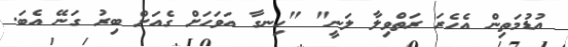
އުޑުމަތިން އެހެރަ ރަތްވިލާ ލަނީ" "ހިނގާ އަވަހަށް ގެއަށް ބިރު ގަނޭ އެބަ.